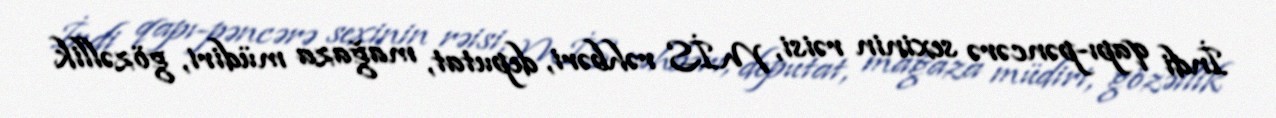
İndi qapı-pəncərə sexinin rəisi, MİS rəhbəri, deputat, mağaza müdiri, gözəllik